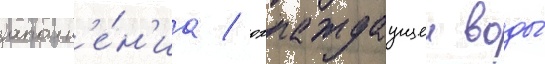
заполн'е́н'иа / охлаждаущеи воды́